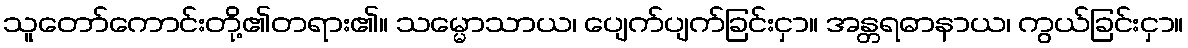
သူတော်ကောင်းတို့၏တရား၏။ သမ္မောသာယ၊ ပျေက်ပျက်ခြင်းငှာ။ အန္တရဓာနာယ၊ ကွယ်ခြင်းငှာ။